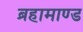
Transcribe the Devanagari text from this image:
ब्रहामाण्ड